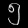
Digit: ၅